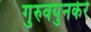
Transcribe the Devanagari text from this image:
गुरुवयुनकेरे